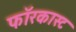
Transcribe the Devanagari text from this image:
फॉरकास्ट